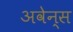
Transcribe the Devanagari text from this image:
अवेन्स